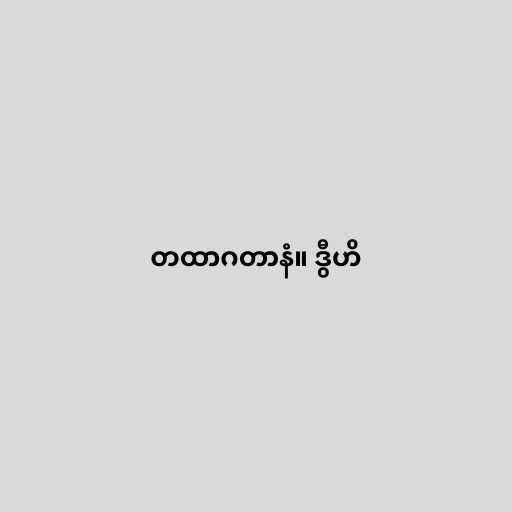
တထာဂတာနံ။ ဒွီဟိ